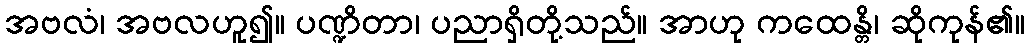
အဗလံ၊ အဗလဟူ၍။ ပဏ္ဍိတာ၊ ပညာရှိတို့သည်။ အာဟု ကထေန္တိ၊ ဆိုကုန်၏။